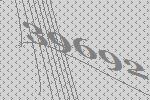
39692